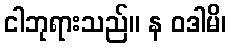
ငါဘုရားသည်။ န ဝဒါမိ၊